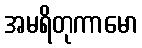
အမရိတုကာမော